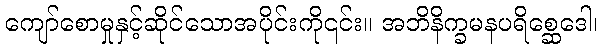
ကျော်စောမှုနှင့်ဆိုင်သောအပိုင်းကို၎င်း။ အဘိနိက္ခမနပရိစ္ဆေဒေါ၊